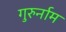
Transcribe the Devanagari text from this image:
गुरुर्नाम